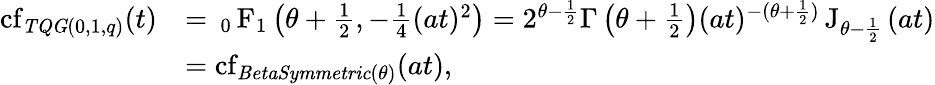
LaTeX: \begin{array}{rl}{\operatorname{cf}_{\mathit{TQG}(0,1,q)}(t)}&{={\, _{0}\operatorname{F}_{1}}\left(\theta+\frac{1}{2},-\frac{1}{4}(at)^{2}\right)=2^{\theta-\frac{1}{2}}\Gamma\left(\theta+\frac{1}{2}\right)(at)^{-(\theta+\frac{1}{2})}\operatorname{J}_{\theta-\frac{1}{2}}\left(at\right)}\\ &{=\operatorname{cf}_{\mathit{BetaSymmetric}(\theta)}(at),}\end{array}